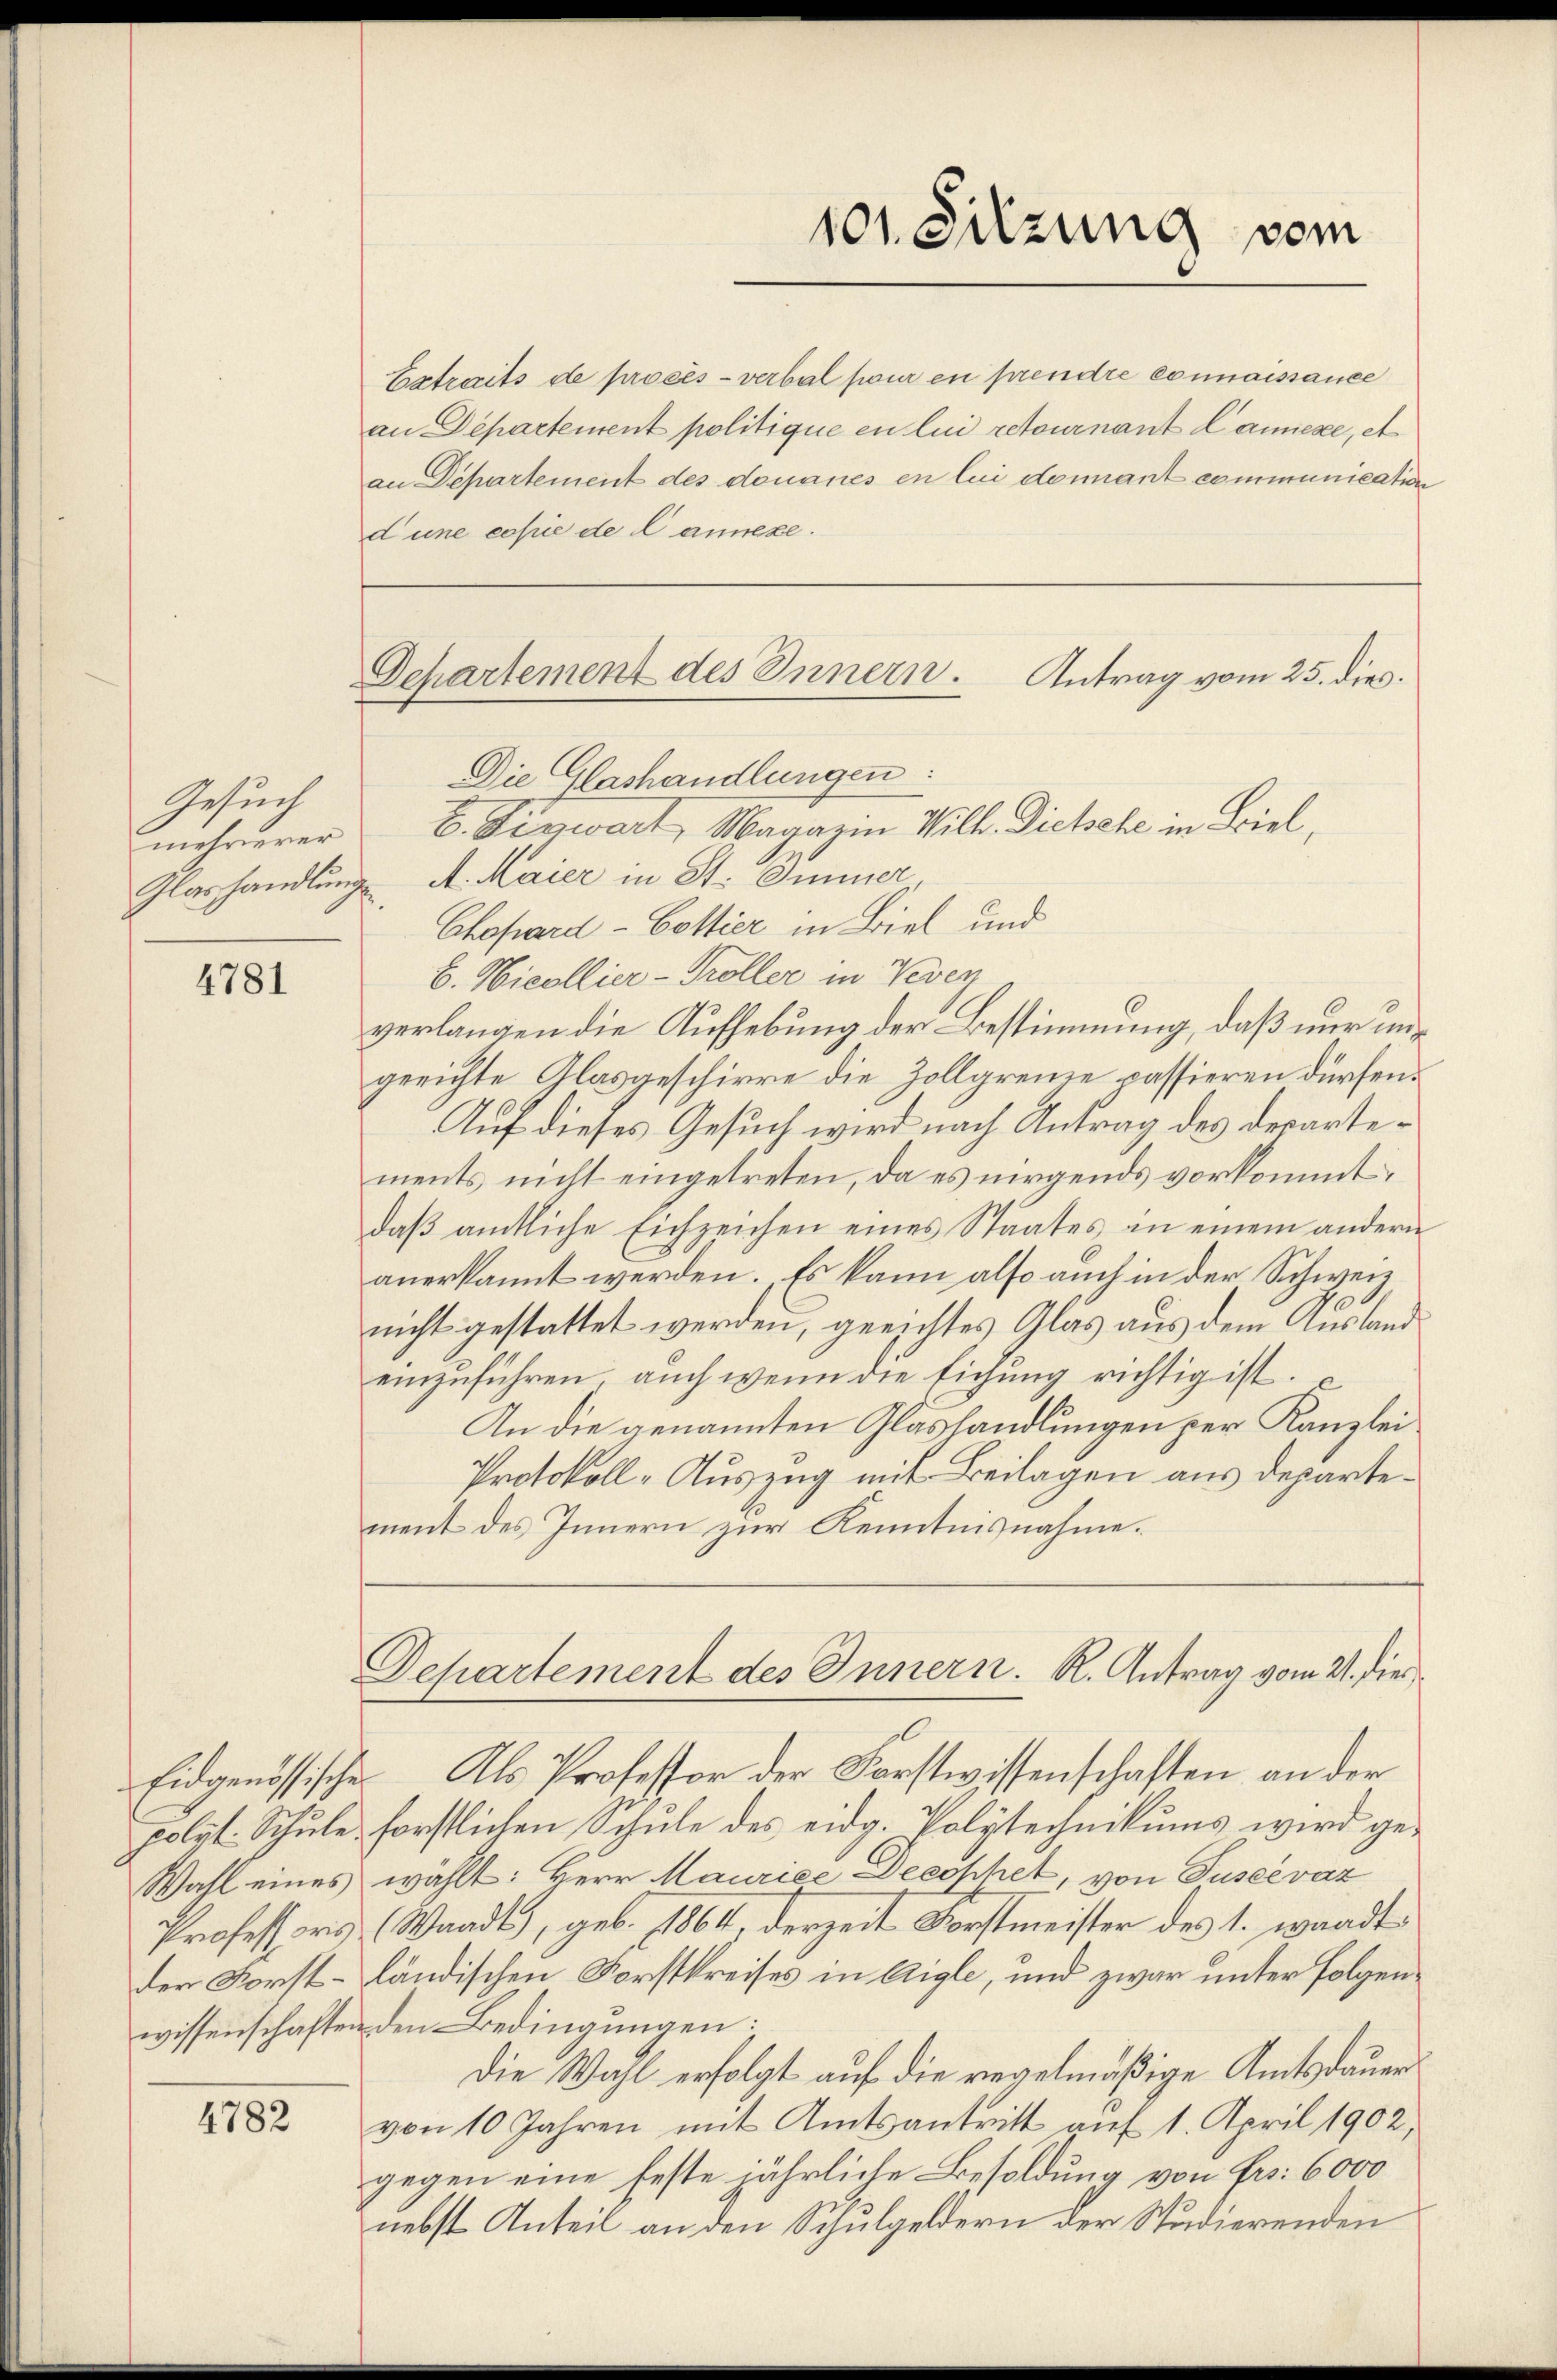
Gesuch
mehrerer

4781

Eidgenössische
polit. Schule
Wahl eines
Professoris,
der Forstwissenschafte

4782

101. Sitzung vom

Antrag vom 25. dies
Dchartement des Innern.

Extreits de procès-verbal pour en prendre connaissance
an Departement politique en lui retournant Lannese, et
an Departement des donanes en lui domant communication
d une copie de Cannexe.
Die Glashandlungen:
b. Verwart, Magazin Will Dichsche in Biel,
Glashandlung, A. Maier in St. Immer
Chopard-Bottier in Biel und
b. Nicollier-Troller in Vevey
verlangen die Aufhebung der Bestimmung, daß nur ungerichte Glasgeschirre die Zollgremie passieren dürfen.
Auf dieses Gesuch wird nach Antrag des Departements nicht eingetreten, da es nirgends vorkommt,
daβ amtliche Eichzeichen eines Staates an einem andern
anerkannt werden. Es kann also auch in der Schweiz
nicht gestattet werden, gerichtes Glas aus dem Auslandeinzuführen, auch wenn die Eichung richtig ist.
An die genannten Glashandlungen per Kanzlei
Protokoll-Auszug mit Beilagen aus departement des Innern zur Kenntnisnahme.
Departement des Innern. K. Antrag vom 21. Dies
 Als Professor der Forstwissenschaften an der
forstlichen Schule des eidg. Polytechnikums wird gewählt: Herr Maurice Decohhet, von Tuseevaz
Waadt), geb. 1864, derzeit Forstmeister des 1. wandt
ländischen Forstkreises in Aigle, und zwar unter folgenden Bedingungen:
Die Wahl erfolgt auf die regelmäßige Amtsdauer
von 10 Jahren mit Amtsantritt auf 1. April 1902,
gegen eine feste jährliche Besoldung von Fr. 6000
nebst Anteil an den Schulgeldern der Studierenden